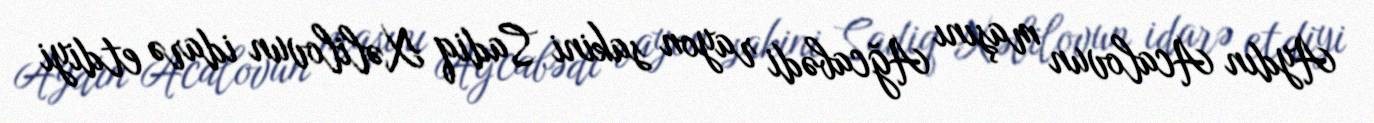
Aydın Acalovun maşını Ağcabədi rayon sakini Sadiq Xəlilovun idarə etdiyi